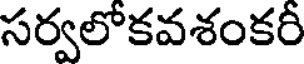
సర్వలోకవశంకరీ